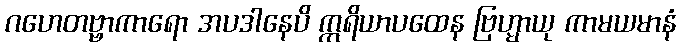
ဂဟေတဗ္ဗာကာရော အပဒါနေပိ ဣရိယာပထေန ဗြဟ္မာယု ကာမယမာနံ